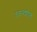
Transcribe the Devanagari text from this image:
उडनशील